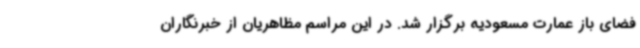
فضای باز عمارت مسعودیه برگزار شد. در این مراسم مظاهریان از خبرنگاران